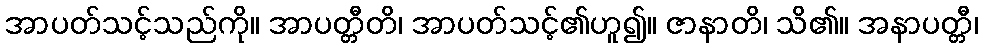
အာပတ်သင့်သည်ကို။ အာပတ္တီတိ၊ အာပတ်သင့်၏ဟူ၍။ ဇာနာတိ၊ သိ၏။ အနာပတ္တီ၊